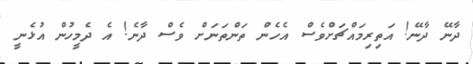
ދާނޭ ދާނޭ! އަތިރިމައްޗަށްވެސް އެހެން ތަންތަނަށް ވެސް ދާނެ! އެ ދެމީހުން އުޅެނީ